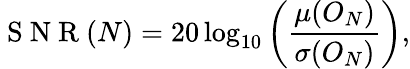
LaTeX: \mathrm{~S~N~R~}(N)=20\log_{10}\left(\frac{\mu(O_{N})}{\sigma(O_{N})}\right),